Annual statistical returns and brief notes on vaccination in Bengal - 1896-1909
Year: 1896
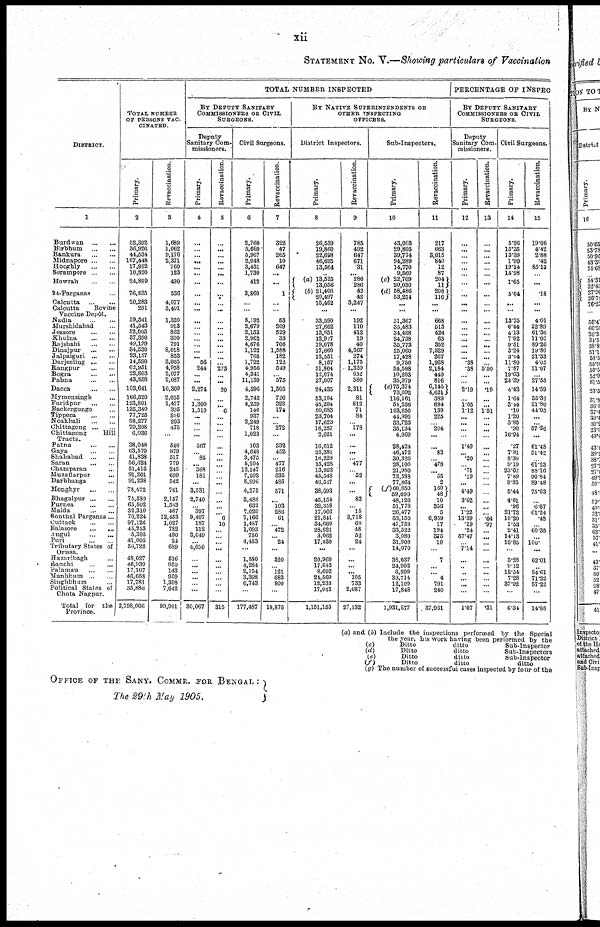
xii
STATEMENT No. V.—Showing particulars of Vaccination
DISTRICT.
1
Burdvran
...
...
Birbhum
...
...
Bankura
...
...
Midnapore...
...
Hooghly
...
...
Serampore...
...
Howrah
...
...
24-Parganas ...
Calcutta
...
...
Calcutta
Bovine
Vaccine Depôt.
Nadia
...
...
Murshidabad ...
Jessore
...
...
Khulna
...
...
Rajshahi
...
...
Dinajpur
...
...
Jalpaiguri
...
...
Darjeeling
...
...
Rangpur
...
...
Bogra
...
...
Pabna
...
...
Dacca
...
...
Mymensingh ...
Faridpur
...
...
Backergunge ...
Tippera
...
...
Noakhali
...
...
Chittagong
...
...
Chittagong
Hill
Tracts.
Patna
...
...
Gaya
...
...
Shahabad
...
...
Saran
...
...
Champaran ...
Muzaffarpur
...
Darbhanga ...
Monghyr
...
...
Bhagalpur
...
...
Purnea
...
...
Malda
...
...
Sonthal Parganas...
Cuttack
...
...
Balasore
...
...
Angul
...
...
Puri
...
...
Tributary States of
Orissa.
Hazaribagh
Ranchi
...
...
Palamau
...
...
Manbhum
...
...
Singhbhum ...
Political States of
Chota Nagpur.
Total for the
Province.
TOTAL NUMBER
OF PERSONS VAC¬
--------
Primary.
2
52,392
36,926
44,534
107,418
17,922
10,820
24,899
76,535
20,283
291
59,541
41,543
52,005
37,390
49,139
34,530
23,157
14,590
62,951
22,803
43,858
103,641
166,520
123,801
135,340
77,725
58,277
79,208
6,036
38,048
63,570
41,838
56,624
51,416
91,201
91,238
78,472
75,589
65,502
32,310
70,224
97,126
45,253
5,305
41,005
56,722
48,027
46,939
17,167
46,658
17,781
35,886
2,798,006
Revaccination.
3
1,689
1,062
9,176
2,371
760
123
490
536
4,077
3,401
1,320
913
862
300
791
8,018
853
3,005
4,958
2,077
2,087
10,309
2,055
1,477
395
516
203
475
...
540
879
517
779
245
699
542
761
2,157
1,543
467
12,453
1,027
782
490
24
689
516
950
143
959
1,398
7,042
99,901
TOTAL NUMBER INSPECTED
BY DEPUTY SANITARY
COMMISSIONERS OR CIVIL
SURGEONS.
Deputy
Sanitary Com-
missioners.
Primary.
4
...
...
... ...
...
...
...
...
...
...
...
...
...
...
...
...
... 56
244
...
...
2,274
...
1,300
1,519
...
...
...
...
567
...
85
... 368
181
...
3,531
2,740
...
397
9,407
187
112
3,049
... 4,030
... ...
...
...
... ...
30,067
Revaccination.
5
...
...
...
...
...
...
...
...
...
...
...
...
...
...
...
...
...
...
273
...
...
20
...
...
6
...
...
...
...
...
...
...
...
...
...
...
...
...
...
...
6
10
...
...
...
...
...
...
...
...
...
...
315
Civil Surgeons.
Primary.
6
2,760
5,669
5,967
2,048
3,431
1,730
412
3,860
...
...
8,192
2,679
2,153
2,962
4,676
1,122
705
1,722
4,956
4,341
11,139
4,596
2,743
4,259
140
937
2,249
718
1,023
103
4,648
3,475
5,204
12,147
7,202
8,996
4,275
3,488
632
7,020
7,166
1,487
1,093
750
4,453
...
1,580
4,284
2,154
3,398
6,743
...
177,487
Revaccination.
7
322
47
265
10
647
...
...
1
...
...
53
209
529
33
706
1,588
182
122
549
...
575
1,505
726
322
174
...
...
272
...
332
452
...
477
216
635
485
571
...
103
286
61
...
472
... 24
...
320
... 121
683
800
...
14,875
BY NATIVE SUPERINTENDENTS OR
OTHER INSPECTING
OFFICERS.
District Inspectors.
Primary.
8
26,539
19,860
22,698
46,625
13,564
...
(a) 13,525
13,056
(b) 21,406
20,497
15,462
...
33,590
27,662
13,651
12,927
19,078
17,660
13,551
8,157
31,804
12,074
27,007
24,435
53,104
45,204
50,683
23,704
17,623
18,257
2,621
16,612
25,381
16,223
15,428
13,923
45,548
46,527
38,093
45,154
32,358
17,066
21,841
34,669
23,621
3,062
17,030
...
20,969
17,643
8,692
24,560
12,233
17,043
1,151,153
Revaccination.
9
785
492
647
671
31
... 286
286
42
42
3,247
...
192
110
412
19
40
4,567
274
1,175
1,320
652
580
2,311
81
812
71
84
...
178
...
...
...
...
477
...
52
...
...
82
...
15
3,718
60
48
52
24
...
...
...
... 105
733
2,687
27,132
Sub-Inspectors.
Primary.
10
43,003
29,805
39,774
94,289
14,770
9,560
(c) 22,709
20,030
(d) 58,486
53,254
...
...
51,367
35,483
34,468
24,738
35,773
25,060
17,428
9,750
54,588
10,203
35,979
(e)75,374
73,092
116,161
54,556
103,650
44,995
33,723
35,134
4,069
28,424
46,472
30,326
28,100
21,980
73,538
77,864
(f)60,850
59,099
48,126
51,778
26,477
53,150
47,728
33,522
3,080
31,908
14,070
38,037
24,902
6,909
39,714
12,129
17,848
1,931,877
Revaccination.
11
217
663
3,015
840
12
87
204
11
208
110
...
...
668
513
424
63
352
7,529
267
1,928
2,184
440
816
6,145
4,621
389
634
139
225
...
204
...
...
82
...
478
...
55
2
160
48
10
356
5
6,959
17
194
375
10
...
7
... ... 4
791
240
37,961
PERCENTAGE OF INSPEC
BY DEPUTY SANITARY
COMMISSIONERS OR CIVIL
SURGEONS.
Deputy
Sanitary Com¬
missioners.
Primary.
12
...
...
... ...
...
...
...
...
...
...
...
...
...
...
...
...
... .38
.38
...
...
2.19
...
1.05
1.12
...
...
...
...
1.49
... .20
...
.71
.19
...
4.49
3.62
... 1.22
13.39
.19
.24
57.47
... 7.14
...
...
...
...
...
...
1.07
Revaccination.
13
...
...
...
...
...
...
...
...
...
...
...
...
...
...
...
...
...
5.50
...
...
.19
...
...
1.51
...
...
...
...
...
...
...
...
...
...
...
...
...
...
...
.04
.97
...
...
...
...
...
...
...
...
...
...
.31
Civil Surgeons.
Primary.
14
5.28
15.35
13.39
1.90
19.14
15.98
1.65
5.04
...
...
13.75
6.44
4.13
7.92
9.51
3.24
3.04
11.80
7.87
19.03
25.39
4.43
1.64
3.44
.10
1.20
3.85
.90
16.94
.27
7.31
8.30
9.19
23.62
7.89
9.85
5.44
4.61
.96
21.72
10.20
1.53
2.41
14.13
10.85
...
3.28
9.12
12.54
7.28
37.92
...
6.34
Revaccination.
15
19.06
4.42
2.88
.42
85.13
...
...
.18
...
...
4.01
22.89
61.36
11.00
89.26
19.80
21.33
4.05
11.07
...
27.55
14.59
35.32
21.80
44.05
...
...
57.26
...
61.48
51.42
...
61.23
88.16
90.84
89.48
75.03
...
6.67
61.24
.48
...
60.35
... 100.
...
62.01
... 84.61
71.22
57.22
...
14.88
(a) and (6) Include the inspections performed by the Special
the year, his work having been performed by the
(c)
Ditto
ditto
Sub-Inspector
(d)
Ditto
ditto
Sab-Inspectors
(c)
Ditto
ditto
Sub-Inspector
(f)
Ditto
ditto
ditto
(g) The number of successful cases inspected by four of the
OFFICE OF THE SANY. COMMR. FOR BENGAL :
The 29th May 1905.